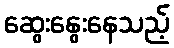
ဆွေးနွေးနေသည့်